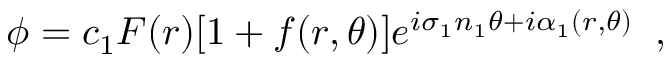
\phi = c _ { 1 } F ( r ) [ 1 + f ( r , \theta ) ] e ^ { i \sigma _ { 1 } n _ { 1 } \theta + i \alpha _ { 1 } ( r , \theta ) } \; \; ,